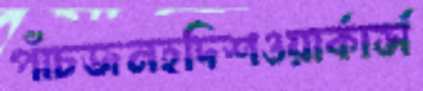
পাঁচজনহদিশওয়ার্কার্স